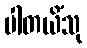
ပါတယိံသု